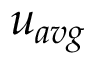
u _ { a v g }